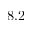
8 . 2